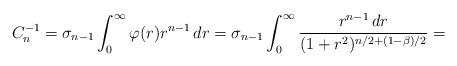
LaTeX: \begin{align*}C_n^{-1}=\sigma_{n-1}\int_0^{\infty}\varphi(r)r^{n-1}\,dr=\sigma_{n-1}\int_0^{\infty}\frac{r^{n-1}\,dr}{(1+r^2)^{n/2+(1-\beta)/2}}=\end{align*}